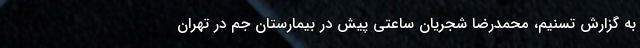
به گزارش تسنیم، محمدرضا شجریان ساعتی پیش در بیمارستان جم در تهران